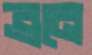
ব্রনে